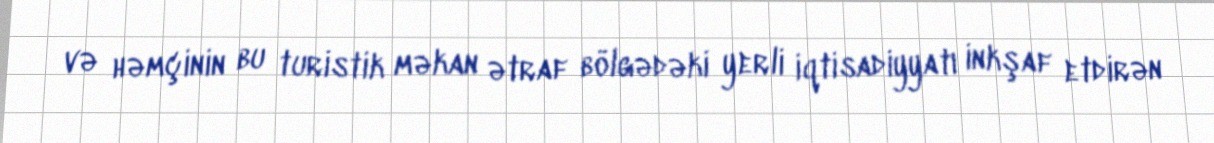
və həmçinin bu turistik məkan ətraf bölgədəki yerli iqtisadiyyatı inkşaf etdirən